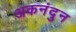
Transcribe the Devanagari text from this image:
अकनंदुन